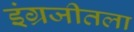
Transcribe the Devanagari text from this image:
इंग्रजीतला